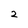
Character: 2